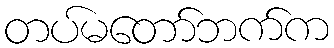
တပ်မတော်ဘက်က